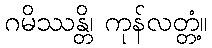
ဂမိဿန္တိ၊ ကုန်လတ္တံ့။